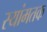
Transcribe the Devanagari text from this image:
स्यांमतक